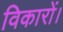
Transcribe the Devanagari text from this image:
विकारों।